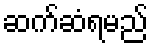
ဆက်ဆံရမည်